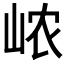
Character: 𰎞